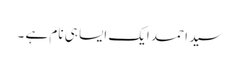
سید احمد ایک ایسا ہی نام ہے ۔